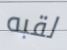
لقبه